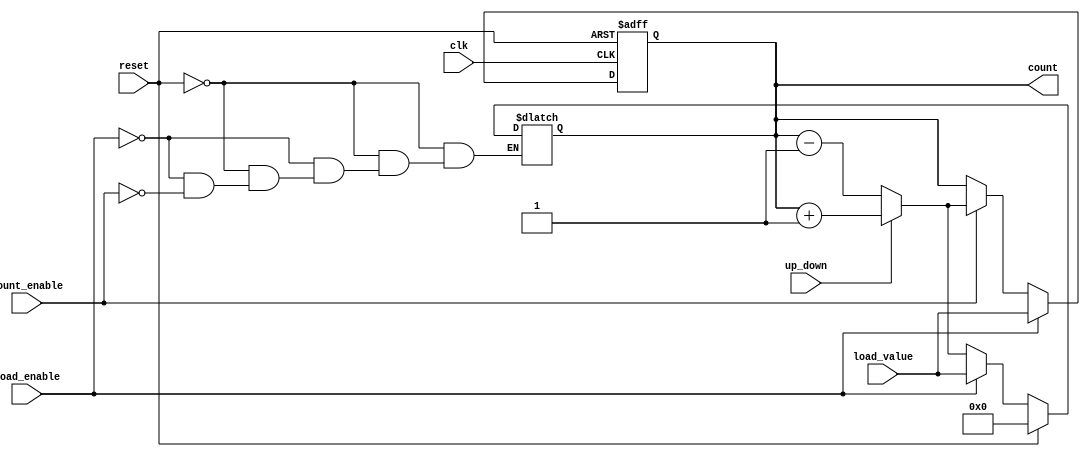
module AsyncLoadCounter (
    input wire clk,               // Clock signal
    input wire reset,             // Asynchronous reset
    input wire load_enable,       // Load enable signal
    input wire count_enable,      // Count enable signal
    input wire up_down,           // Up/Down control signal (1 for up, 0 for down)
    input wire [N-1:0] load_value,// Value to load into the counter
    output reg [N-1:0] count      // Current count value
);
    parameter N = 8;              // Width of the counter (number of bits)

    // Asynchronous reset
    always @* begin
        if (reset) begin
            count = 0;            // Reset the counter to 0
        end else if (load_enable) begin
            count = load_value;   // Load the specified value
        end else if (count_enable) begin
            if (up_down) begin
                count = count + 1; // Increment the counter
            end else begin
                count = count - 1; // Decrement the counter
            end
        end
    end

    // Synchronous update on clock edge
    always @(posedge clk or posedge reset) begin
        if (reset) begin
            count <= 0;            // Reset the counter to 0
        end else if (load_enable) begin
            count <= load_value;   // Load the specified value
        end else if (count_enable) begin
            if (up_down) begin
                count <= count + 1; // Increment the counter
            end else begin
                count <= count - 1; // Decrement the counter
            end
        end
    end

endmodule